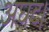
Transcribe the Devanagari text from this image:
अघट।